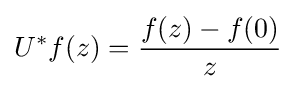
U^{*}f(z)={f(z)-f(0) \over z}